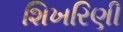
શિખરિણી